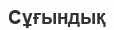
Сұғындық